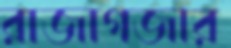
রাজাগজার